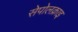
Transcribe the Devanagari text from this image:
सेपोलक्राइ